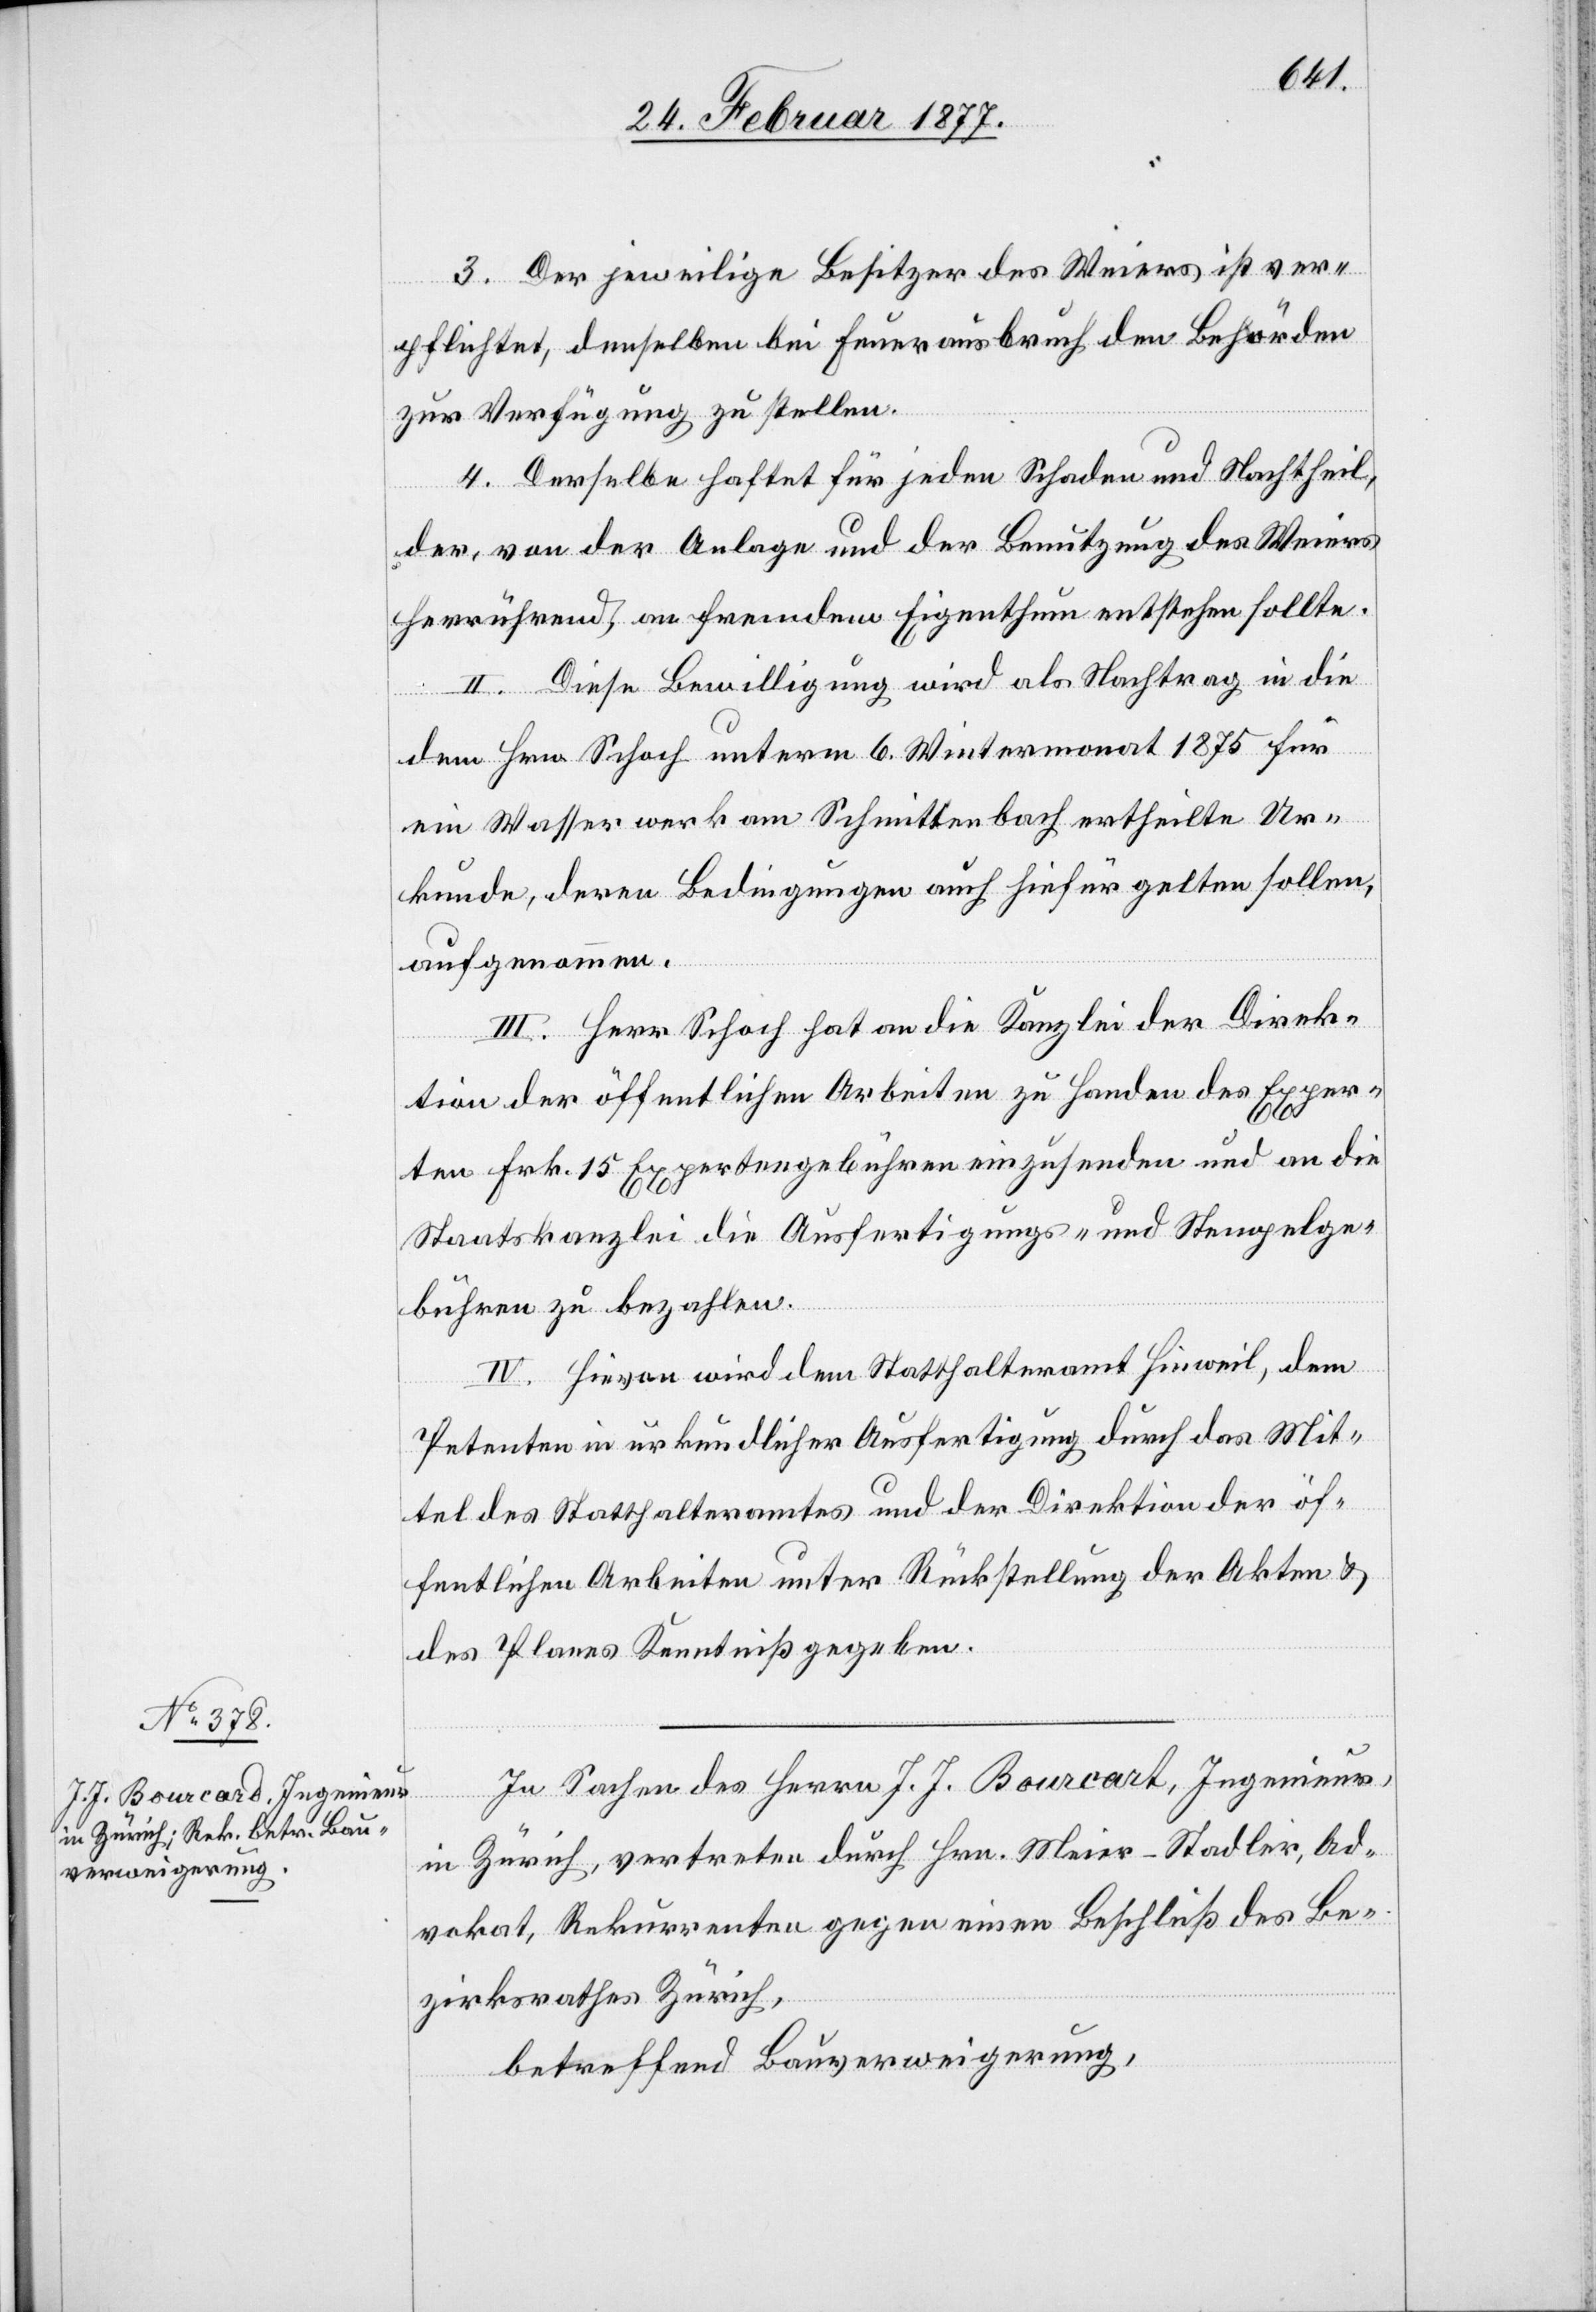
3. Der jeweilige Besitzer des Weiers ist ver¬
pflichtet, denselben bei Feuerausbruch den Behörden
zur Verfügung zu stellen.
4. Derselbe haftet für jeden Schaden und Nachtheil,
der, von der Anlage und der Benutzung des Weiers
herrührend, an fremdem Eigenthum entstehen sollte.
II. Diese Bewilligung wird als Nachtrag in die
dem Hrn. Schoch unterm 6 Wintermonat 1875 für
ein Wasserwerk am Schmittenbach ertheilte Ur¬
kunde, deren Bedingungen auch hiefür gelten sollen,
aufgenommen.
III. Herr Schoch hat an die Kanzlei der Direk¬
tion der öffentlichen Arbeiten zu Handen des Exper¬
ten Frk. 15 Expertengebühren einzusenden und an die
Staatskanzlei die Ausfertigungs- und Stempelge¬
bühren zu bezahlen.
IV. Hievon wird dem Statthalteramt Hinweil, dem
Petenten in urkundlicher Ausfertigung durch das Mit¬
tel des Statthalteramtes und der Direktion der öf¬
fentlichen Arbeiten unter Rückstellung der Akten &
des Planes Kenntniß gegeben.
In Sachen des Herrn J. J. Bourcart, Ingenieur,
in Zürich, vertreten durch Hrn. Meier-Stadler, Ad¬
vokat, Rekurrenten gegen einen Beschluß des Be¬
zirksrathes Zürich,
betreffend Bauverweigerung,